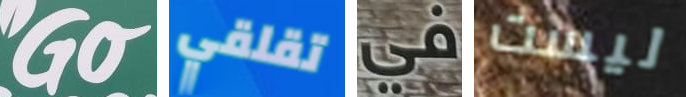
Go تقلقي في ليست